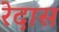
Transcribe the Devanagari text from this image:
रेदास